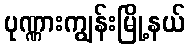
ပုဏ္ဏားကျွန်းမြို့နယ်